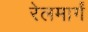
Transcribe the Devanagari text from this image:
रेलमार्गं